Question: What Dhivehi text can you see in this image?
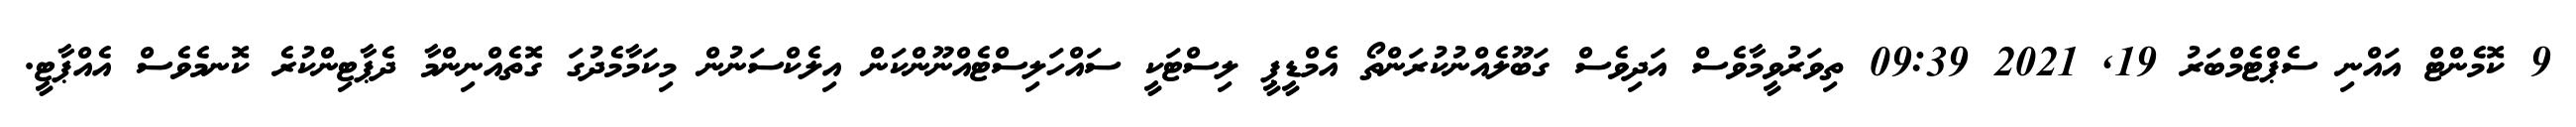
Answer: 9 ކޮމެންޓް އައްނި ސެޕްޓެމްބަރު 19, 2021 09:39 ތިވަރުވީމާވެސް އަދިވެސް ގަބޫލެއްނުކުރަންތޯ އެމްޑީޕީ ލިސްޓަކީ ސައްހަލިސްޓެއްނޫންކަން އިލެކްސަނުން މިކަމާމެދުގަ ގޮތެއްނިންމާ ދެޕާޓިންކުރެ ކޮނމެވެސް އެއްޕާޓީ.